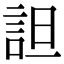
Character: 詚